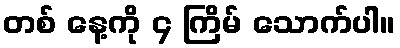
တစ် နေ့ကို ၄ ကြိမ် သောက်ပါ။